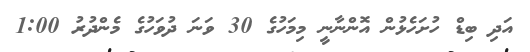
އަދި ބިޑް ހުށަހެޅުން އޮންނާނީ މިމަހުގެ 30 ވަނަ ދުވަހުގެ މެންދުރު 1:00